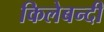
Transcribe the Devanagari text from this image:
किलेबन्‍दी